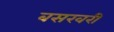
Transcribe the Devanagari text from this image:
बसखरी